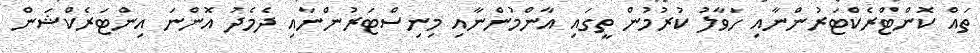
ތައް ކޮންޓްރެކްޓަރުންނާއި ހަވާލު ކުރުމުން ތީގައި އާންމުންނާއި މިނިސްޓަރުންނާއި ދެމެދު އޮންނަ އިންޓަރެކްޝަން